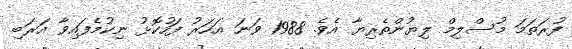
ފުރަތަމަ މުސްލިމް ލިޔުންތެރިޔާ އެވެ. 1988 ވަނަ އަހަރު ފަހުކޮޅު ނިކުމެފައިވާ އަރަބި